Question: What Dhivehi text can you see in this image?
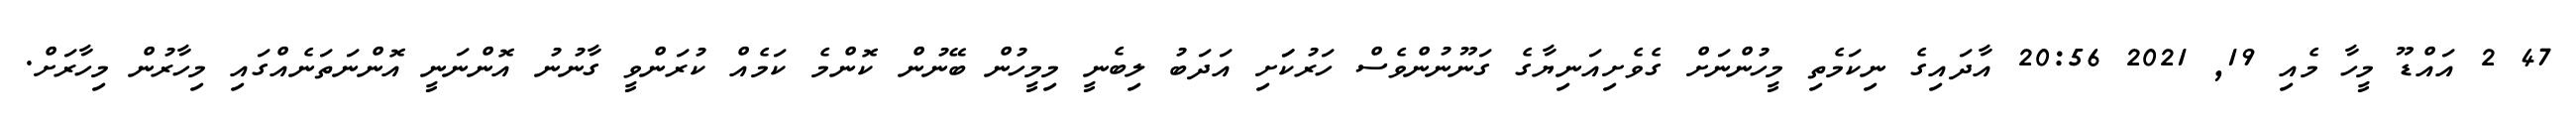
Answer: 47 2 އައްޑޫ މީހާ މެއި 19, 2021 20:56 އާދައިގެ ނިކަމެތި މީހުންނަށް ގެވެށިއަނިޔާގެ ގަނޫނުންވެސް ހަރުކަަށި އަދަބު ލިބެނީ މިމީހުން ބޭނުން ކޮންމެ ކަމެއް ކުރަންވީ ގާނުނު އޮންނަނީ އޮންނަތަނެއްގައި މިހާރުން މިހާރަށް.